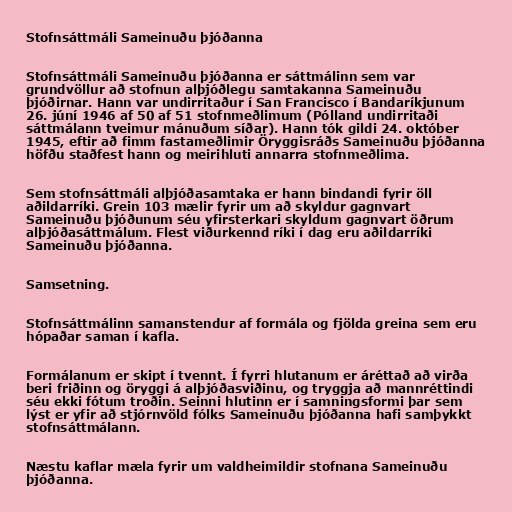
Stofnsáttmáli Sameinuðu þjóðanna

Stofnsáttmáli Sameinuðu þjóðanna er sáttmálinn sem var
grundvöllur að stofnun alþjóðlegu samtakanna Sameinuðu
þjóðirnar. Hann var undirritaður í San Francisco í Bandaríkjunum
26. júní 1946 af 50 af 51 stofnmeðlimum (Pólland undirritaði
sáttmálann tveimur mánuðum síðar). Hann tók gildi 24. október
1945, eftir að fimm fastameðlimir Öryggisráðs Sameinuðu þjóðanna
höfðu staðfest hann og meirihluti annarra stofnmeðlima.

Sem stofnsáttmáli alþjóðasamtaka er hann bindandi fyrir öll
aðildarríki. Grein 103 mælir fyrir um að skyldur gagnvart
Sameinuðu þjóðunum séu yfirsterkari skyldum gagnvart öðrum
alþjóðasáttmálum. Flest viðurkennd ríki í dag eru aðildarríki
Sameinuðu þjóðanna.

Samsetning.

Stofnsáttmálinn samanstendur af formála og fjölda greina sem eru
hópaðar saman í kafla.

Formálanum er skipt í tvennt. Í fyrri hlutanum er áréttað að virða
beri friðinn og öryggi á alþjóðasviðinu, og tryggja að mannréttindi
séu ekki fótum troðin. Seinni hlutinn er í samningsformi þar sem
lýst er yfir að stjórnvöld fólks Sameinuðu þjóðanna hafi samþykkt
stofnsáttmálann.

Næstu kaflar mæla fyrir um valdheimildir stofnana Sameinuðu
þjóðanna.